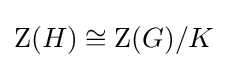
\mathrm {Z} (H)\cong \mathrm {Z} (G)/K